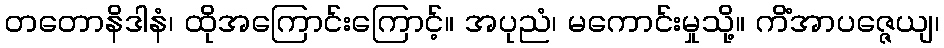
တတောနိဒါနံ၊ ထိုအကြောင်းကြောင့်။ အပုညံ၊ မကောင်းမှုသို့။ ကိံအာပဇ္ဇေယျ၊